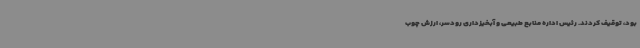
بود، توقیف کردند. رئیس اداره منابع طبیعی و آبخیزداری رودسر، ارزش چوب